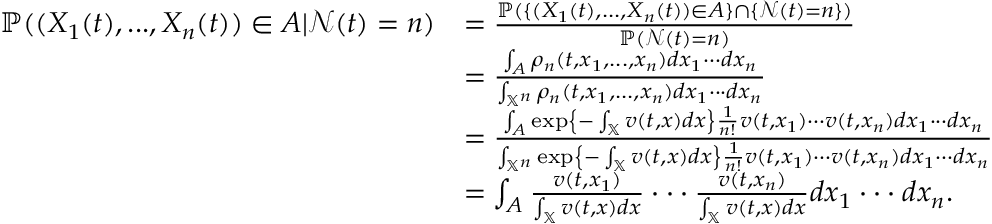
\begin{array} { r l } { \mathbb { P } ( ( X _ { 1 } ( t ) , . . . , X _ { n } ( t ) ) \in A | \mathcal { N } ( t ) = n ) } & { = \frac { \mathbb { P } ( \{ ( X _ { 1 } ( t ) , . . . , X _ { n } ( t ) ) \in A \} \cap \{ \mathcal { N } ( t ) = n \} ) } { \mathbb { P } ( \mathcal { N } ( t ) = n ) } } \\ & { = \frac { \int _ { A } \rho _ { n } ( t , x _ { 1 } , . . . , x _ { n } ) d x _ { 1 } \cdot \cdot \cdot d x _ { n } } { \int _ { \mathbb { X } ^ { n } } \rho _ { n } ( t , x _ { 1 } , . . . , x _ { n } ) d x _ { 1 } \cdot \cdot \cdot d x _ { n } } } \\ & { = \frac { \int _ { A } \exp \left\{ - \int _ { \mathbb { X } } v ( t , x ) d x \right\} \frac { 1 } { n ! } v ( t , x _ { 1 } ) \cdot \cdot \cdot v ( t , x _ { n } ) d x _ { 1 } \cdot \cdot \cdot d x _ { n } } { \int _ { \mathbb { X } ^ { n } } \exp \left\{ - \int _ { \mathbb { X } } v ( t , x ) d x \right\} \frac { 1 } { n ! } v ( t , x _ { 1 } ) \cdot \cdot \cdot v ( t , x _ { n } ) d x _ { 1 } \cdot \cdot \cdot d x _ { n } } } \\ & { = \int _ { A } \frac { v ( t , x _ { 1 } ) } { \int _ { \mathbb { X } } v ( t , x ) d x } \cdot \cdot \cdot \frac { v ( t , x _ { n } ) } { \int _ { \mathbb { X } } v ( t , x ) d x } d x _ { 1 } \cdot \cdot \cdot d x _ { n } . } \end{array}